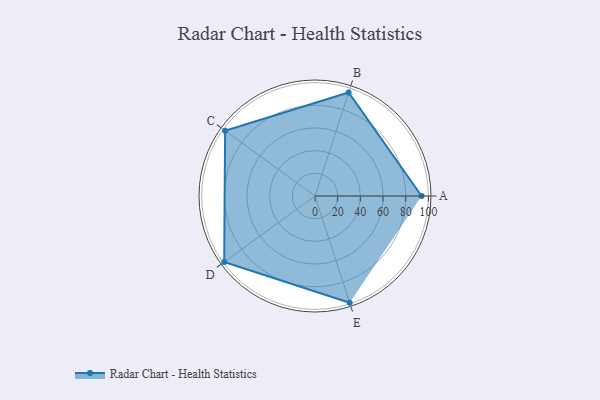
{"axis": {"x": "Skill", "y": "Score"}, "legend": ["Profile"], "data": [{"x": "A", "y": 94.0, "type": "Profile"}, {"x": "B", "y": 96.0, "type": "Profile"}, {"x": "C", "y": 98.0, "type": "Profile"}, {"x": "D", "y": 99, "type": "Profile"}, {"x": "E", "y": 99, "type": "Profile"}]}